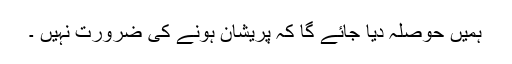
ہمیں حوصلہ دیا جائے گا کہ پریشان ہونے کی ضرورت نہیں ۔